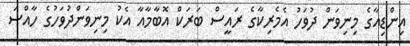
އިންޑިއާގެ މިނިވަން ދުވަހު އެމެރިކާގެ ރައީސް ބަރަކް އޮބާމާއާ އެކު މިނިވަންދުވަހުގެ ހާއްސަ